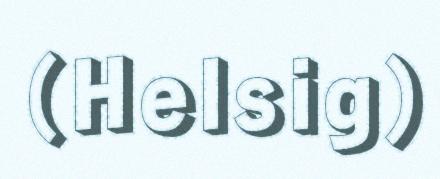
(Helsig)